画像に写った文字を読んでください
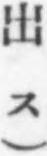
「出ス)」と書いてあります